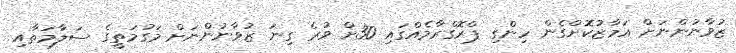
ޒުވާނުންނަށް އަމާޒުކޮށްގެން ހިންގި ޕްރޮގްރާމެއްގައި 30ށް ވުރެ ގިނަ ޒުވާނުންނަށް މަގުމަތީގެ ސަލާމަތާއި